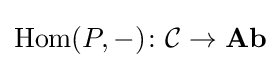
\operatorname {Hom} (P,-)\colon {\mathcal {C}}\to \mathbf {Ab}